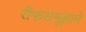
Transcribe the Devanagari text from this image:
रीफसमूहाने